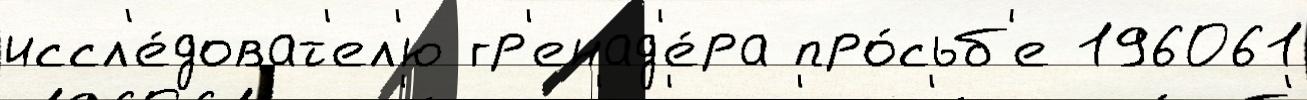
иссл'е́доват'ел'ю гр'енад'е́ра про́сьб'е 196061